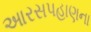
આરસપહાણના